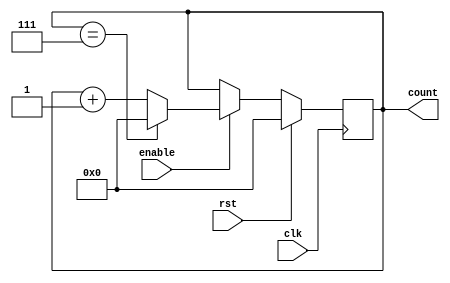
module ModuloN_Up_Counter (
    input wire clk,
    input wire rst,
    input wire enable,
    output reg [N-1:0] count
);

parameter N = 8; // Specify modulo-N value

always @(posedge clk) begin
    if (rst) begin
        count <= 0;
    end else if (enable) begin
        if (count == N-1) begin
            count <= 0;
        end else begin
            count <= count + 1;
        end
    end
end

endmodule